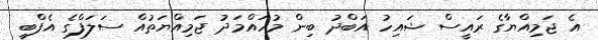
އެ ޖަމިއްޔާގެ ރައީސް ޝައިހު އަބްދު ބިން މުހައްމަދު ޖަމިއްޔަތުއް ސަލަފްގެ އެފްބީ